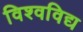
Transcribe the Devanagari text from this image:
विश्वविद्य